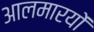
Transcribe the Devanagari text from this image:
आलमारयों